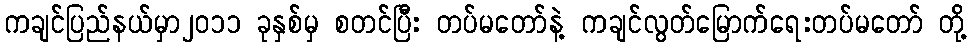
ကချင်ပြည်နယ်မှာ၂၀၁၁ ခုနှစ်မှ စတင်ပြီး တပ်မတော်နဲ့ ကချင်လွတ်မြောက်ရေးတပ်မတော် တို့